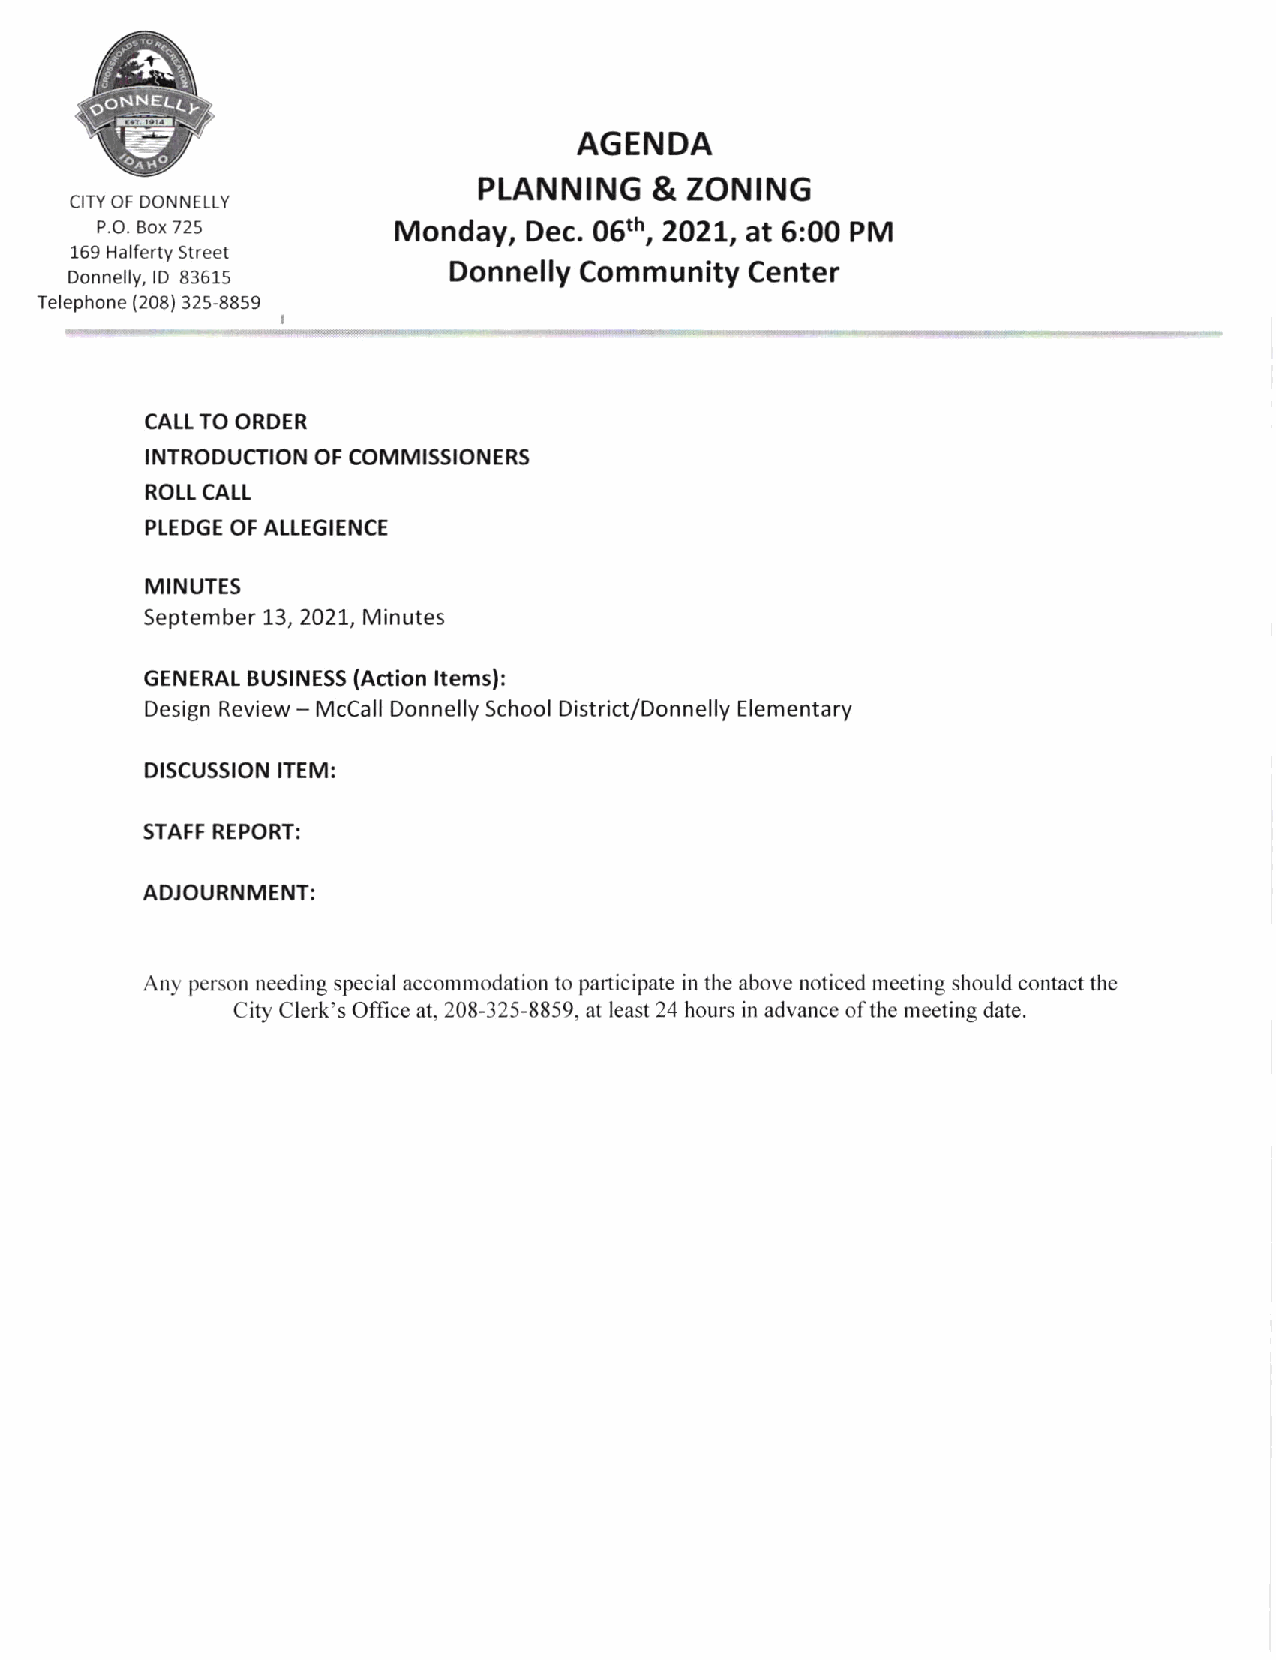
.fN
 NlEL(i
 ao
 tc
 AGENDA
 PLANNING   &  ZONING
 CITY OF DONNELLY
 P.O. Box 725       Monday,  Dec. 06th, 202L, at 6:00 PM
 169 Halferty Street
 Donnelly Community  Center
 Donnelly, lD 83615
 Telephone (208) 32s-88s9
 CAIT TO ORDER
 INTRODUCTION OF COMMISSIONERS
 ROLL CALL
 PLEDGE OF ALLEGIENCE
 MINUTES
 Septem ber 73,2027, M inutes
 GENERAT BUSINESS (Action ltems):
 Design Review - McCall Donnelly School District/Don nelly Elementary
 DISCUSSION ITEM:
 STAFF REPORT:
 ADJOURNMENT:
 Any person needing special accommodation to participate in the above noticed meeting should contact the
 City Clerk's Office at,208-325-8859, at least 24 hours in advance ofthe meeting date.